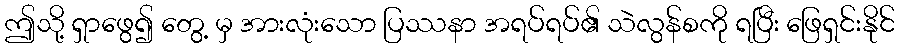
ဤသို့ ရှာဖွေ၍ တွေ့ မှ အားလုံးသော ပြဿနာ အရပ်ရပ်၏ သဲလွန်စကို ရပြီး ဖြေရှင်းနိုင်